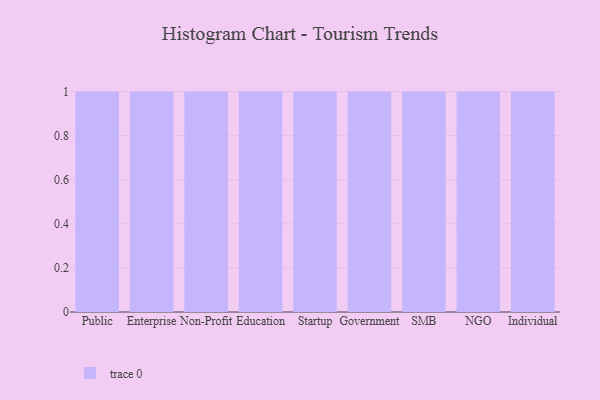
{"axis": {"x": "Segment", "y": "Satisfaction Score"}, "legend": [""], "data": [{"x": "Public", "y": 83, "type": ""}, {"x": "Enterprise", "y": 37, "type": ""}, {"x": "Non-Profit", "y": 20, "type": ""}, {"x": "Education", "y": 19, "type": ""}, {"x": "Startup", "y": 61, "type": ""}, {"x": "Government", "y": 84, "type": ""}, {"x": "SMB", "y": 73, "type": ""}, {"x": "NGO", "y": 70, "type": ""}, {"x": "Individual", "y": 64, "type": ""}]}